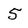
Character: 5